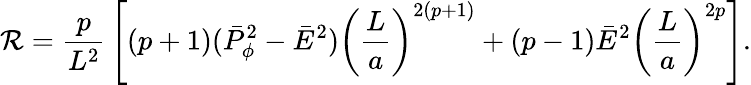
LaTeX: {\cal\mathcal{R}}={\frac{{p}}{{L^{2}}}}\left[(p+1)(\bar{{P}}_{\phi}^{2}-\bar{{E}}^{2})\left({\frac{{L}}{{a}}}\right)^{2(p+1)}+(p-1)\bar{{E}}^{2}\left({\frac{{L}}{{a}}}\right)^{2p}\right].